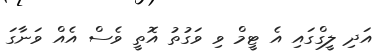
އަދި ލީގްގައި އެ ޓީމް ވި ވަގުތު އޮތީ ވެސް އެއް ވަނާގަ